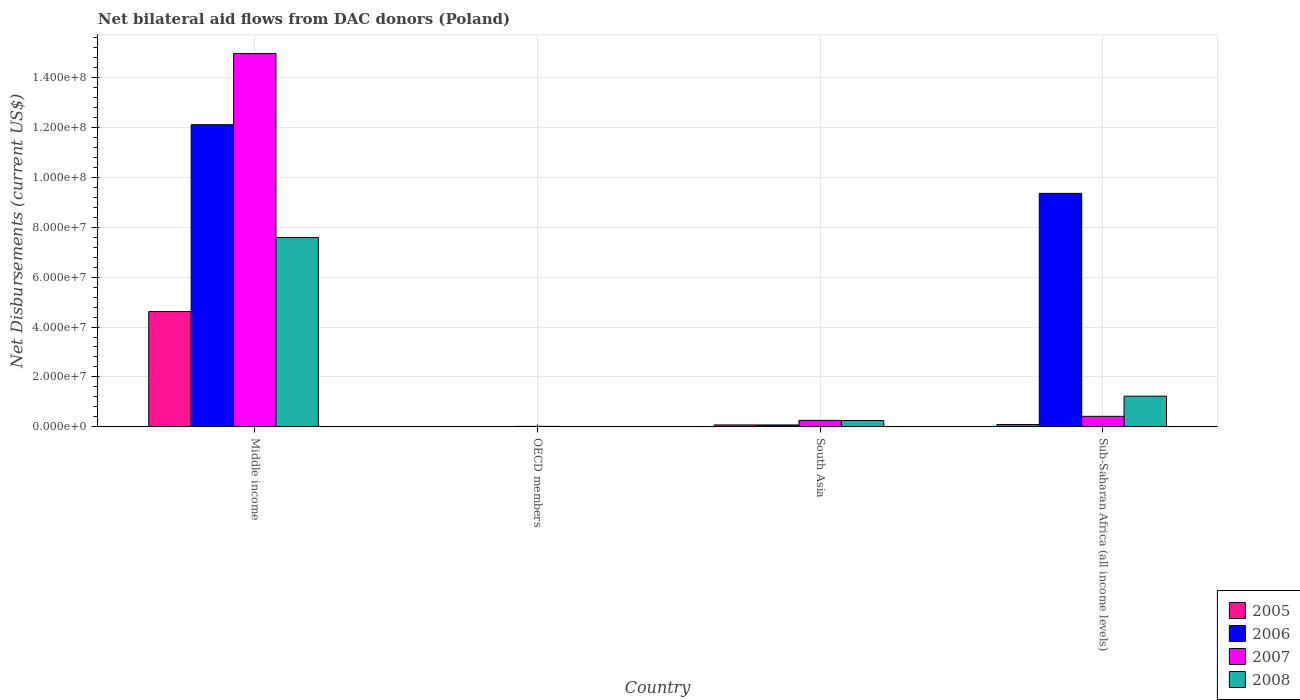
| Country | 2005 | 2006 | 2007 | 2008 |
 | --- | --- | --- | --- | --- |
 | Middle income | 4.62e+07 | 1.21e+08 | 1.5e+08 | 7.58e+07 |
 | OECD members | 5e+04 | 3e+04 | 2.1e+05 | 1.4e+05 |
 | South Asia | 7.7e+05 | 7.7e+05 | 2.61e+06 | 2.54e+06 |
 | Sub-Saharan Africa (all income levels) | 9.6e+05 | 9.35e+07 | 4.22e+06 | 1.23e+07 |